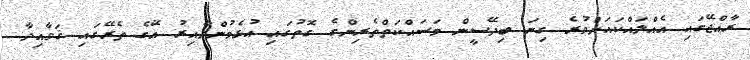
ރާއްޖޭގައި އެއްލައްކައަށްވުރެ ގިނަ ބިދޭސީން މަސައްކަތްތެރިންގެ ގޮތުގައި އުޅެމުންދާއިރު އޭގެ ތެރޭގައި ޤަވާއިދާ